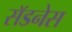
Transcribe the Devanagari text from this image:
सॅडनेस